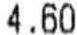
4.60